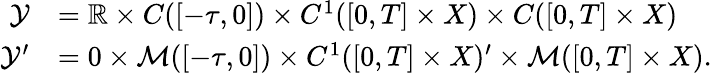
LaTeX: \begin{array}{rl}{\mathcal{Y}}&{=\mathbb{R}\times C([-\tau,0])\times C^{1}([0,T]\times X)\times C([0,T]\times X)}\\ {\mathcal{Y}^{\prime}}&{=0\times\mathcal{M}([-\tau,0])\times C^{1}([0,T]\times X)^{\prime}\times\mathcal{M}([0,T]\times X).}\end{array}